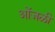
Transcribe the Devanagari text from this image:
ओंजळी